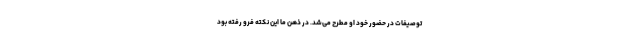
توصیفات در حضور خود او مطرح می‌شد. در ذهن ما این نکته فرو رفته بود